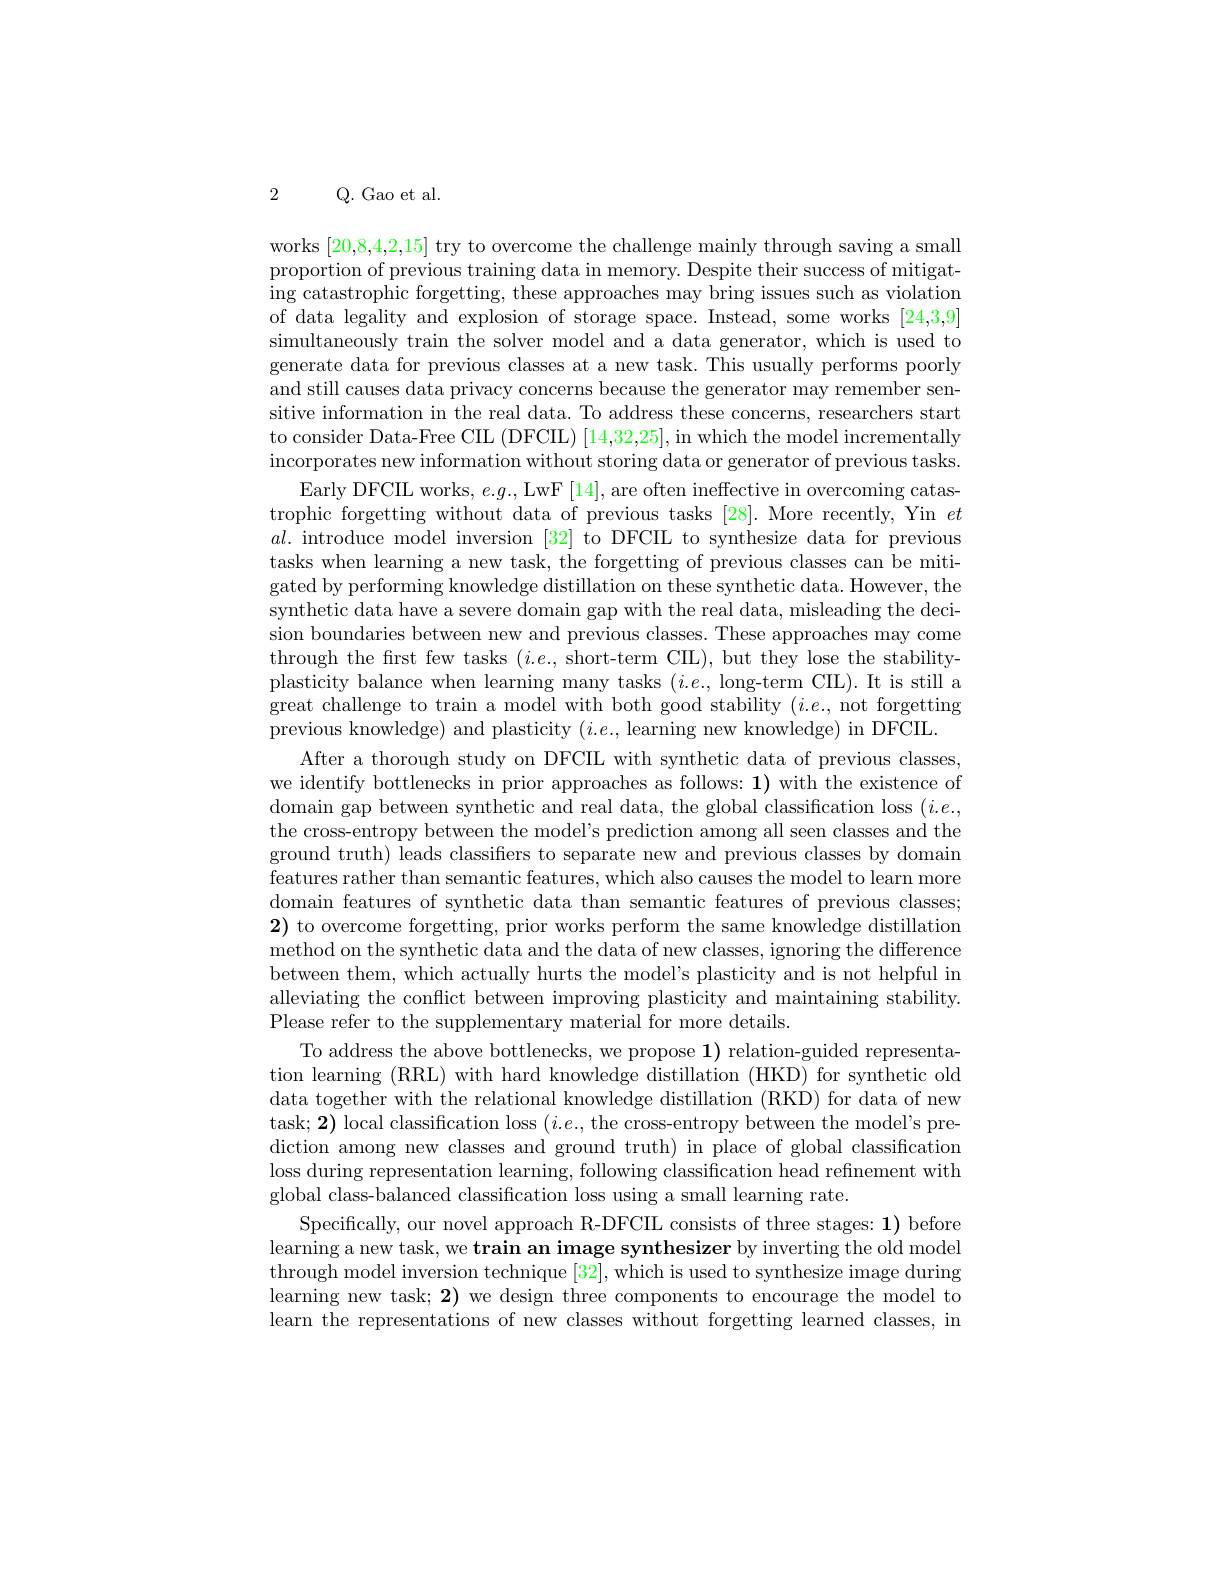
2 Q. Gao et al.

works [20,8,4,2,15] try to overcome the challenge mainly through saving a small proportion of previous training data in memory. Despite their success of mitigating catastrophic forgetting, these approaches may bring issues such as violation of data legality and explosion of storage space. Instead, some works [24,3,9] simultaneously train the solver model and a data generator, which is used to generate data for previous classes at a new task. This usually performs poorly and still causes data privacy concerns because the generator may remember sensitive information in the real data. To address these concerns, researchers start to consider Data-Free CIL (DFCIL) [14,32,25], in which the model incrementally incorporates new information without storing data or generator of previous tasks
Early DFCIL works, $e.g.$, LwF [14], are often ineffective in overcoming catastrophic forgetting without data of previous tasks [28]. More recently, Yin $et$ $al.$ introduce model inversion [32] to DFCIL to synthesize data for previous tasks when learning a new task, the forgetting of previous classes can be mitigated by performing knowledge distillation on these synthetic data. However, the synthetic data have a severe domain gap with the real data, misleading the decision boundaries between new and previous classes. These approaches may come through the first few tasks $(i.e.$, short-term CIL), but they lose the stabilityplasticity balance when learning many tasks $(i.e.$, long-term CIL). It is still a great challenge to train a model with both good stability ($i.e.$, not forgetting previous knowledge) and plasticity $(i.e.$, learning new knowledge) in DFCIIL.
After a thorough study on DFCIL with synthetic data of previous classes, we identify bottlenecks in prior approaches as follows: $\mathbf{1})$ with the existence of domain gap between synthetic and real data, the global classification loss $(i.e.$, the cross-entropy between the model's prediction among all seen classes and the ground truth) leads classifiers to separate new and previous classes by domain features rather than semantic features, which also causes the model to learn more domain features of synthetic data than semantic features of previous classes; $\mathbf{2})$ to overcome forgetting, prior works perform the same knowledge distillation method on the synthetic data and the data of new classes, ignoring the difference between them, which actually hurts the model's plasticity and is not helpful in alleviating the conflict between improving plasticity and maintaining stability. Please refer to the supplementary material for more details.
To address the above bottlenecks, we propose 1) relation-guided representation learning (RRL) with hard knowledge distillation (HKD) for synthetic old data together with the relational knowledge distillation (RKD) for data of new task; 2) local classification loss $(i.e.$, the cross-entropy between the model's prediction among new classes and ground truth) in place of global classification loss during representation learning, following classification head refinement with global class-balanced classification loss using a small learning rate.
Specifically, our novel approach R-DFCIL consists of three stages: 1) before learning a new task, we train an image synthesizer by inverting the old model through model inversion technique [32], which is used to synthesize image during learning new task; 2) we design three components to encourage the model to learn the representations of new classes without forgetting learned classes, in